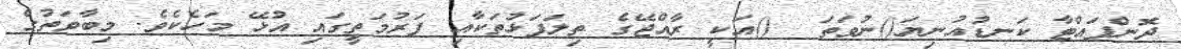
ދޮންފައްޓާ ކަނޑުއުނިޔަ()ނުވަތަ  ()އަކީ ރާއްޖޭގެ ތިލަފަޅުތަކާއި ފަރުމަތީގައި އުޅޭ މަހެކެވެ. މިބާވަތުގެ